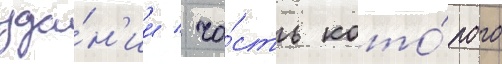
зда́н'ии / ча́сть кото́рого